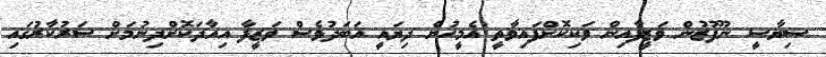
ސިޔާސީ ނުފޫޒުން ވަޒީފާއިން ވަކިކޮށްފައިވާތީ އެމީހުން ދިޔައީ އަބަދުވެސް ވަޒީފާ އިއާދަކޮށްދިނުމަށް ސަރުކާރުގައި